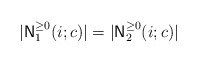
\begin{align*}|{\sf N}_1^{\geq 0}(i; c)| = |{\sf N}_2^{\geq 0}(i; c)|\end{align*}